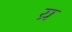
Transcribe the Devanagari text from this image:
य्र